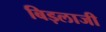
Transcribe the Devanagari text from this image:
बिड़लाजी